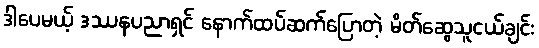
ဒါပေမယ့် ဒဿနပညာရှင် နောက်ထပ်ဆက်ပြောတဲ့ မိတ်ဆွေသူငယ်ချင်း